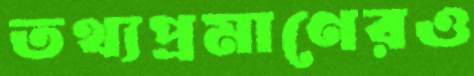
তথ্যপ্রমাণেরও